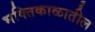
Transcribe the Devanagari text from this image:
भक्तिकाळातील